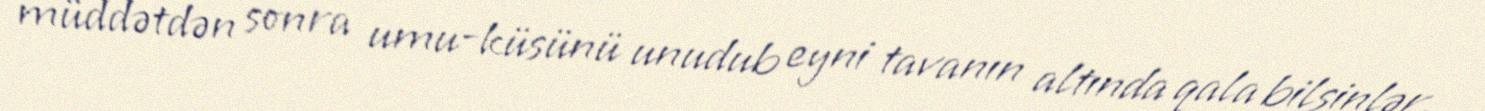
müddətdən sonra umu-küsünü unudub eyni tavanın altında qala bilsinlər.